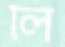
লি